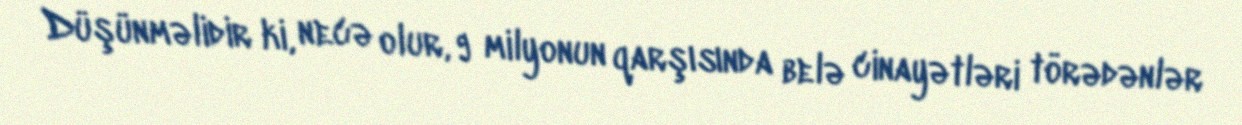
Düşünməlidir ki, necə olur, 9 milyonun qarşısında belə cinayətləri törədənlər